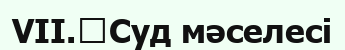
VII.	Суд мәселесі